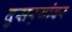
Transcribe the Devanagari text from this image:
दुसर्‍यांवर